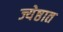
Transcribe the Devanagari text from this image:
ज्येष्ठात